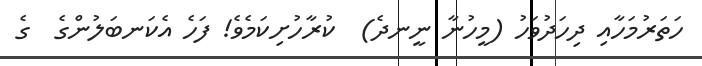
ހަތަރުމަހާއި ދިހަދުވަހު (މީހުނާ ނީނދެ)  ކުރާހުށިކަމެވެ! ފަހެ އެކަނބަލުންގެ  ގެ